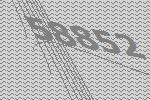
58852